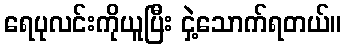
ရေပုလင်းကိုယူပြီး ငှဲ့သောက်ရတယ်။